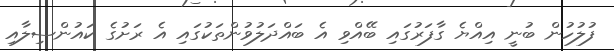
ފުލުހުން ބުނީ އިއްޔެ ގާފަރުގައި ބޭއްވި އެ ބައްދަލުވުންތަކުގައި އެ ރަށުގެ ކައުންސިލާއި